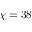
\chi = 3 8